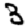
Digit: 3